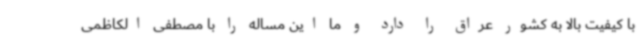
با کیفیت بالا به کشور عراق را دارد و ما این مساله را با مصطفی الکاظمی